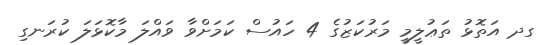
ގދ އަތޮޅު ތަޢުލީމީ މަރުކަޒުގެ 4 ހައުސް ކަމަށްވާ ވައްލަ މާކޮޅަލަ ކުރަނގި